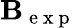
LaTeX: \mathbf{B}_{\mathrm{{~e~x~p~}}}